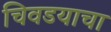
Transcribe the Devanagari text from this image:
चिवडयाचा